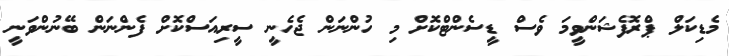
މެޑިކަލް ޕްރޮފެޝަންވީމަ ވެސް ޑީސެންޓްކޮށް މި ހުންނަން ޖެހެނީ ސީރިއަސްކޮށް ފެންނަން ބޭނުންވަނީ